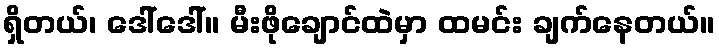
ရှိတယ်၊ ဒေါ်ဒေါ်။ မီးဖိုချောင်ထဲမှာ ထမင်း ချက်နေတယ်။